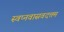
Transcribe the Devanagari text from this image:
स्वप्नवासवदत्तम